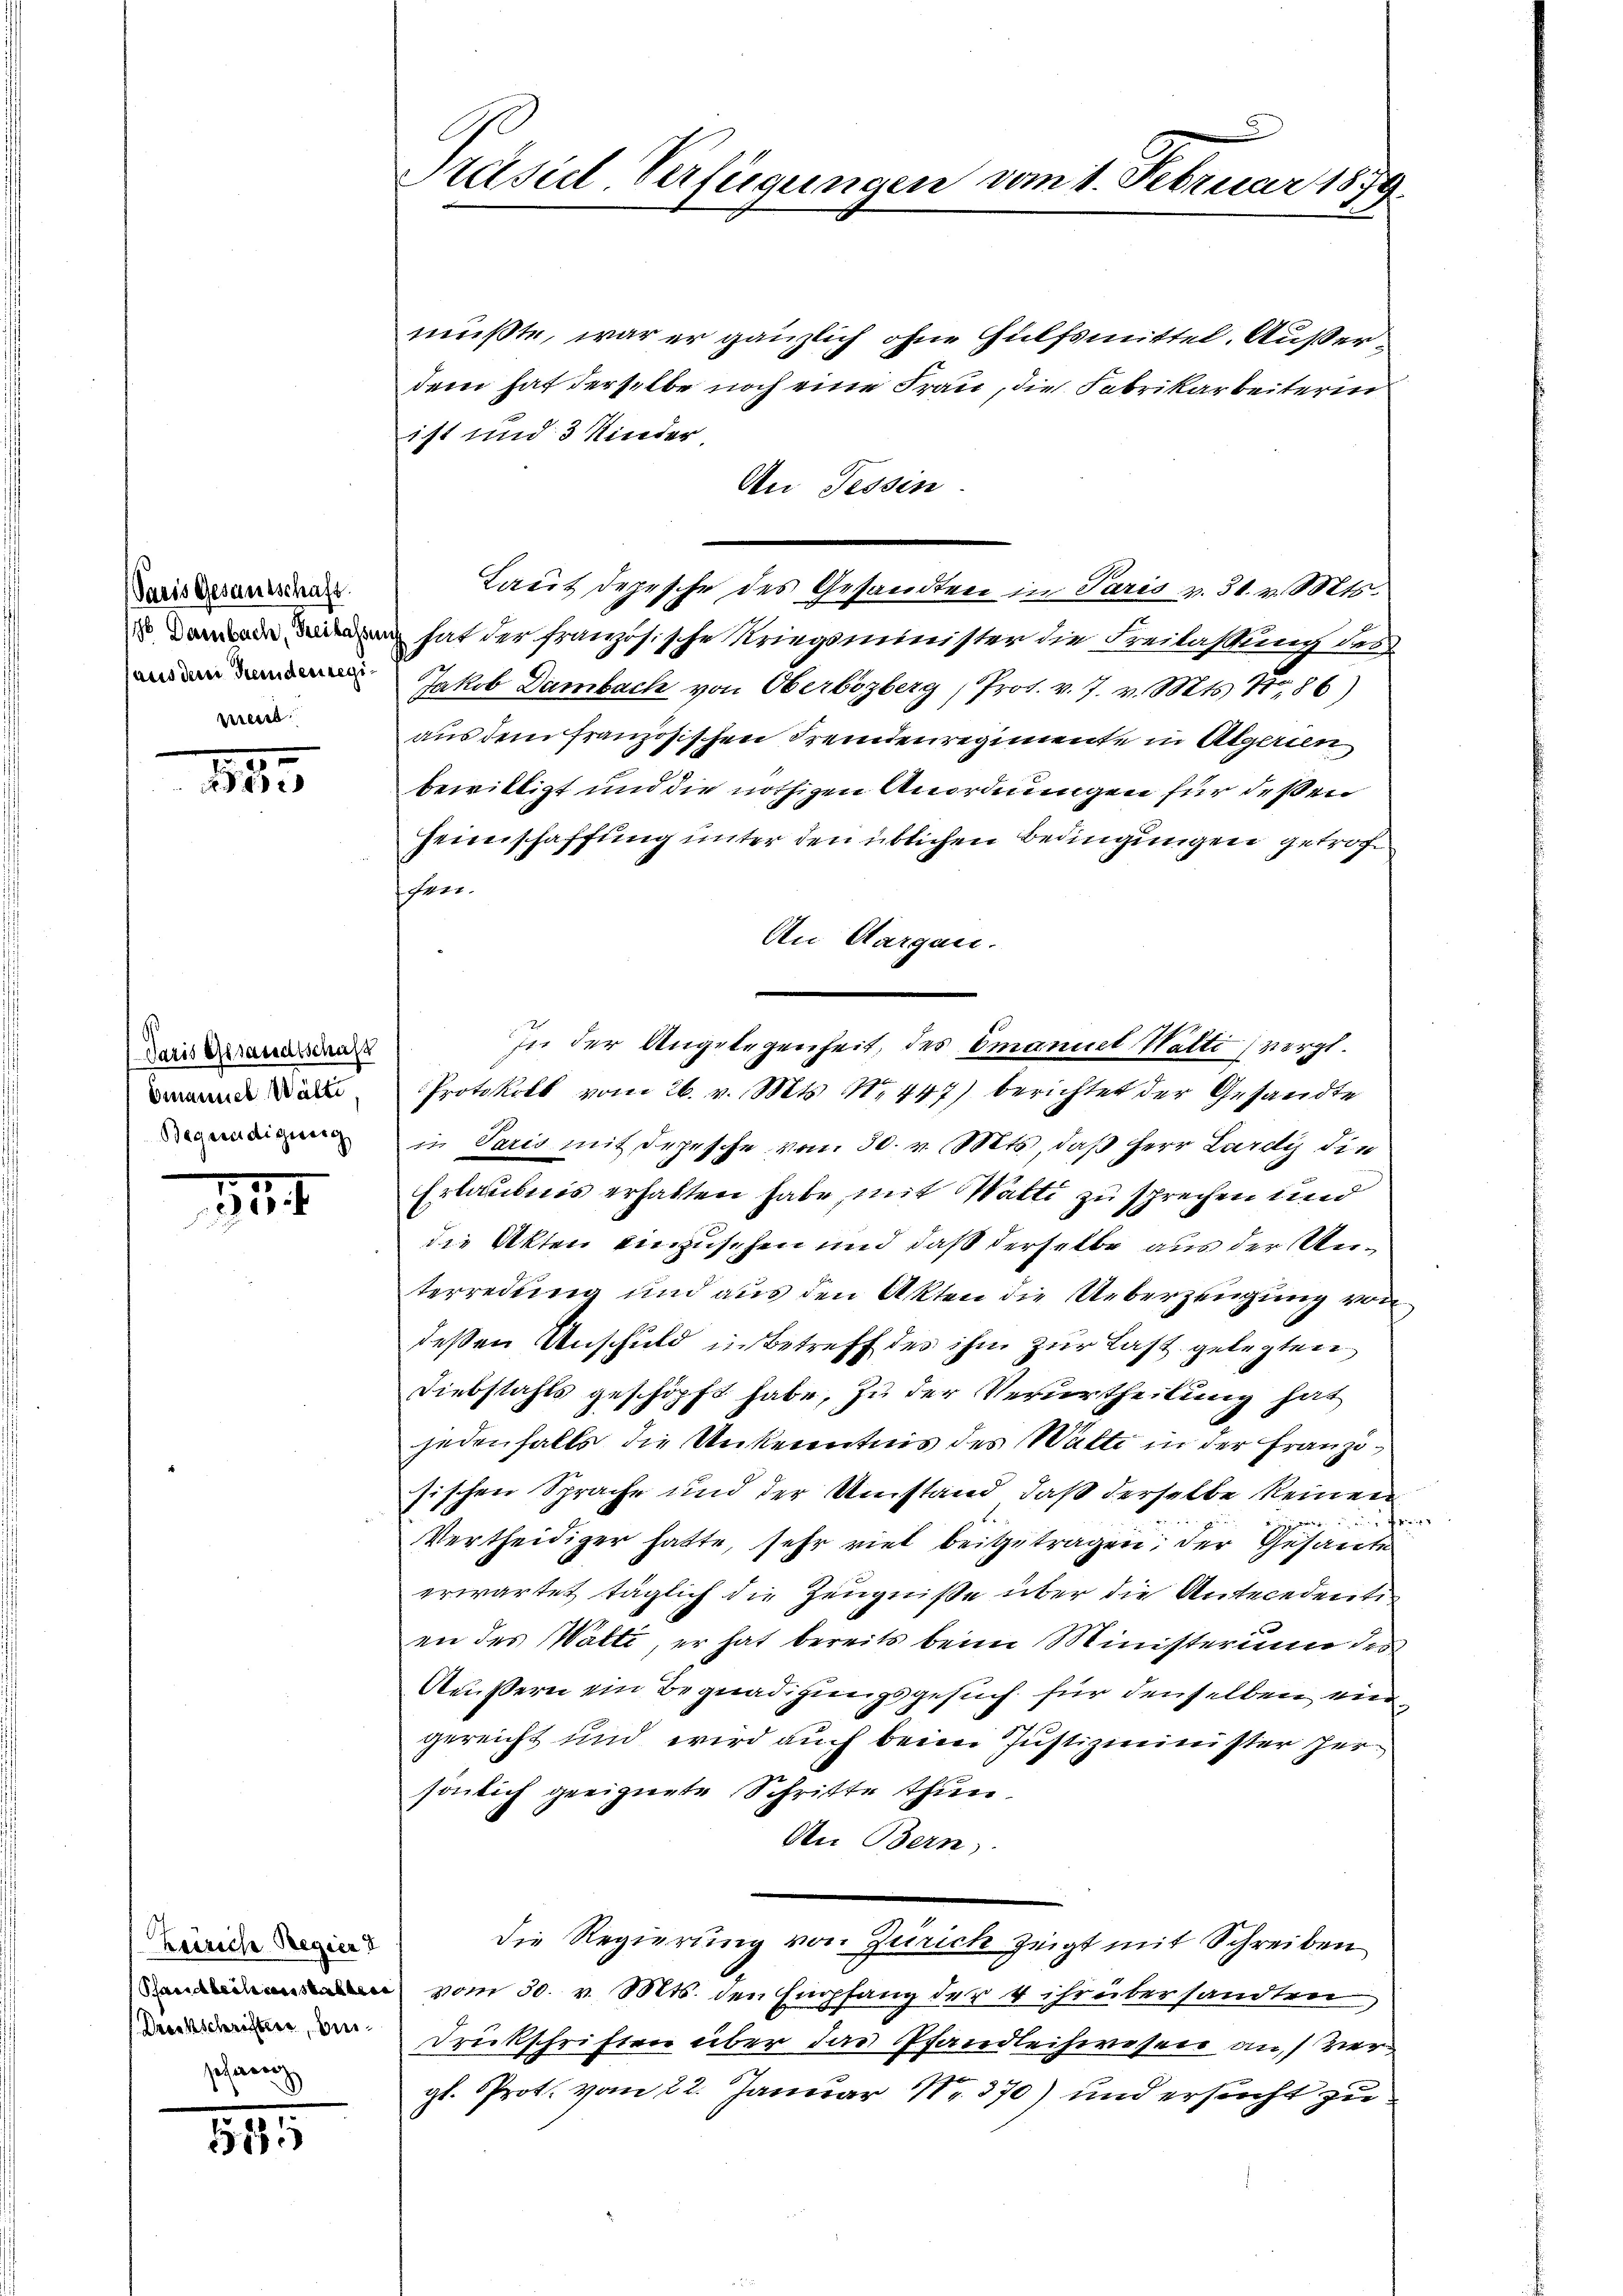
Paris Gesamtschaft.
weid

24

Paris Gesandtschaft
Emanuel Wälte,
Begnadigung

11

Zeiriche Regieru
schauen

841

Präsidl Verfügungen vom 1. Februar 1879.

mußte, war er gänzlich ohne Hülfsmittel. Außerdem hat derselbe noch eine Frau, die Fabrikarbeiterin
ist und 3 Kinder,
An Tessin
Tacit depesche des Gesandten in Paris v. 31. v. Mts.
 hat der französische Kriegsminister die Freilassung des
Jakob Dambach von Oberbizberg , Prot. v. 7. v. Mts. 486)
aus dem französischen Fremdenregimente in Algerien
bewilligt und die nöthigen Anordnungen für deßen
feinschaffung unter den üblichen Bedingungen getrofhen.
An Aargau.
In der Angelegenheit, des Emanuel Walti vergl.
Protokoll vom 26. v. Mts. N. 447) berichtet der Gesandte
in Paris mit Depesche von 30. v. Mts., daß Herr Lardy die
Erlaubnis erhalten habe, mit Watti zu sprechen und
die Akten einzusehen und daß derselbe aus der Unterredung und aus den Akten die Ueberzeugung von
deßen Unschuld in Betreff des ihm zur Last gelegten
Diebstahls geschöpft habe, zu der Verurtheilung hat
jedenfalls die Unkenntnis des Walte in der Franzisischen Sprache und der Umstand, daß derselbe keinen
 en pri
Vertheidiger hatte, sehr viel beigetragen; der Gesandte
erwartet täglich die Zeugniße über die Antecedentin
en des Watti er hat bereits beim Ministerium des
Aeußern ein Begnadigungsgesuch für denselben eingereicht und wird auch beim Justizminister Hersönlich geeignete Schritte thun.
An Bern.
Die Regierung von Zürich zeigt mit Schreiben
 vom 30. v. Mts. den Empfang der 4 ihr übersandterer
 Druckschriften über das Pfandleihwesen an ver-
gl. Prot. vom 22. Januar Nr. 370) und ersucht zu